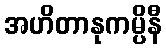
အဟိတာနုကမ္ပိနီ